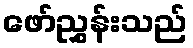
ဖော်ညွှန်းသည်